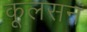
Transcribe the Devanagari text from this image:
कूलसन